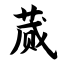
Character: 蒇